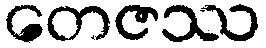
တေဇဿ